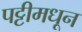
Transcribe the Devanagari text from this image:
पट्टीमधून